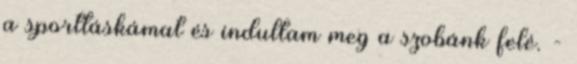
a sporttáskámat és indultam meg a szobánk felé. -